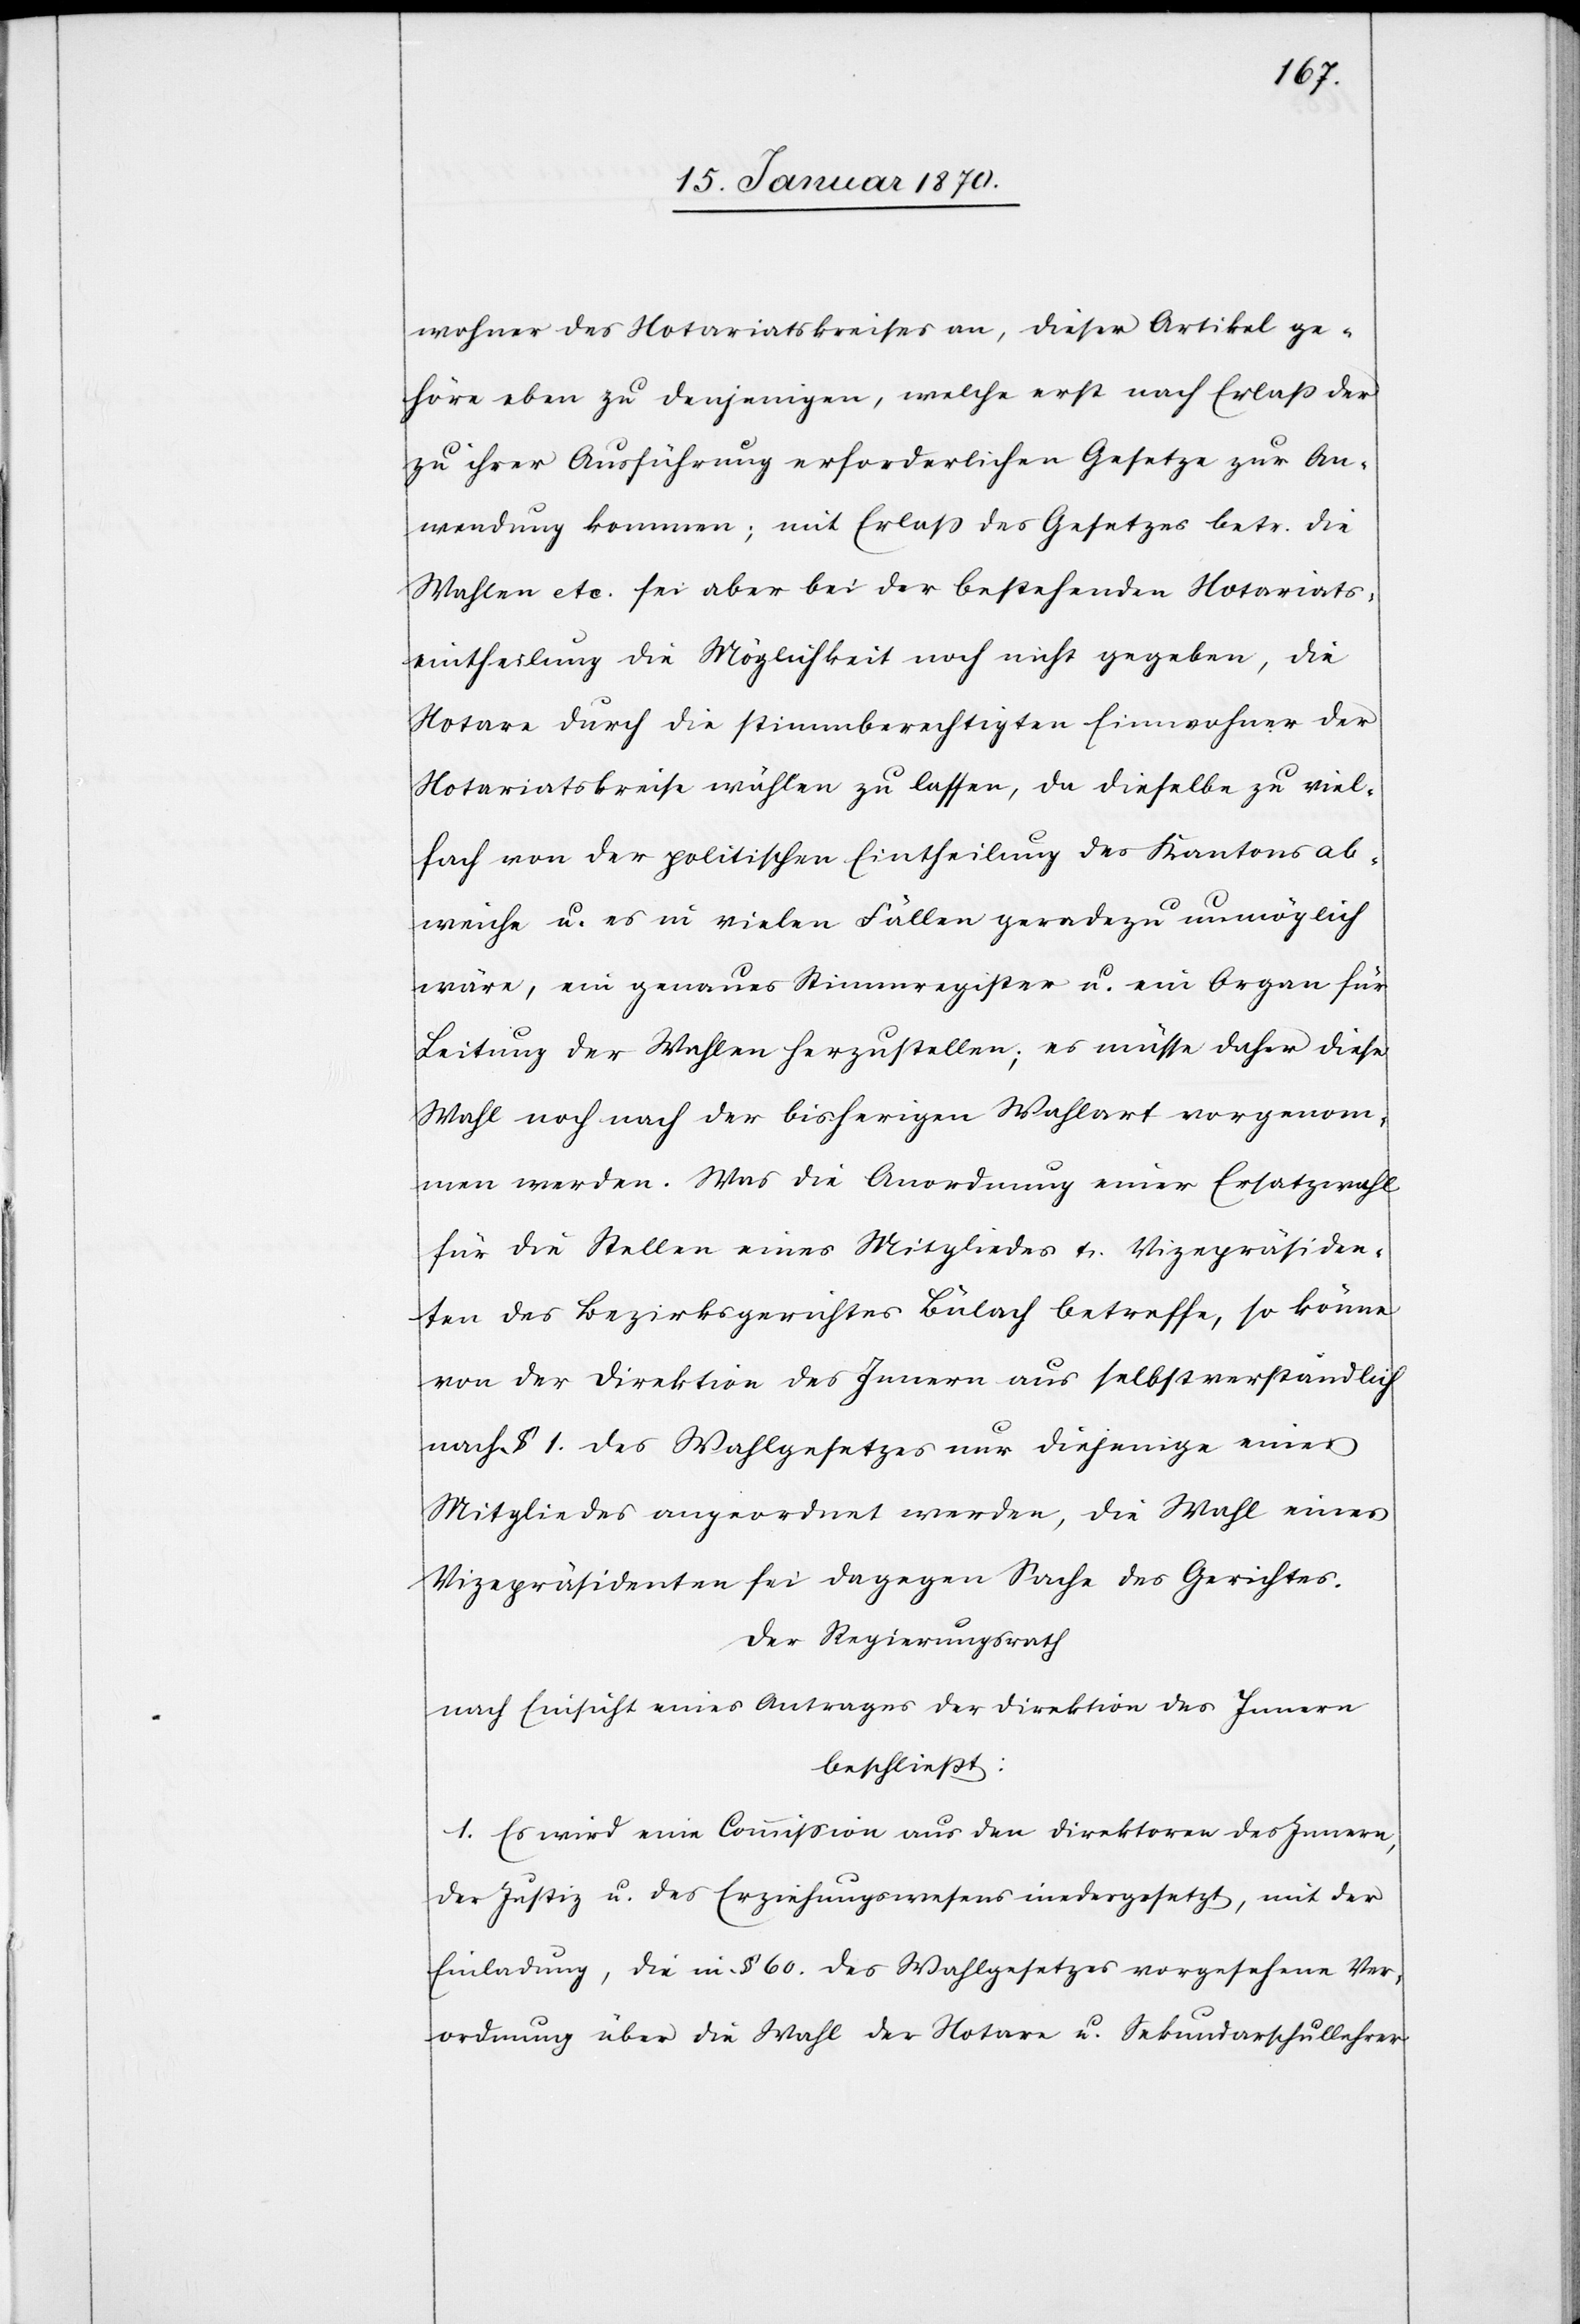
wohner des Notariatskreises an, dieser Artikel ge¬
höre eben zu denjenigen, welche erst nach Erlass der
zu ihrer Ausführung erforderlichen Gesetze zur An¬
wendung kommen; mit Erlass des Gesetzes betr. die
Wahlen etc. sei aber bei der bestehenden Notariats¬
eintheilung die Möglichkeit noch nicht gegeben, die
Notare durch die stimmberechtigten Einwohner der
Notariatskreise wählen zu lassen, da dieselbe zu viel¬
fach von der politischen Eintheilung des Kantons ab¬
weiche u. es in vielen Fällen geradezu unmöglich
wäre, ein genaues Stimmregister u. ein Organ für
Leitung der Wahlen herzustellen; es müsse daher diese
Wahl noch nach der bisherigen Wahlart vorgenom¬
men werden. Was die Anordnung einer Ersatzwahl
für die Stellen eines Mitgliedes u. Vizepräsiden¬
ten des Bezirksgerichtes Bülach betreffe, so könne
von der Direktion des Innern aus selbstverständlich
nach § 1. des Wahlgesetzes nur diejenige eines
Mitgliedes angeordnet werden, die Wahl eines
Vizepräsidenten sei dagegen Sache des Gerichtes.
Der Regierungsrath
nach Einsicht eines Antrages der Direktion des Innern
beschließt:
I. Es wird eine Commission aus den Direktoren des Innern,
der Justiz u. des Erziehungswesens niedergesetzt, mit der
Einladung, die in § 60. des Wahlgesetzes vorgesehene Ver¬
ordnung über die Wahl der Notare u. Sekundarschullehrer